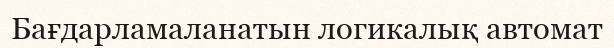
Бағдарламаланатын логикалық автомат